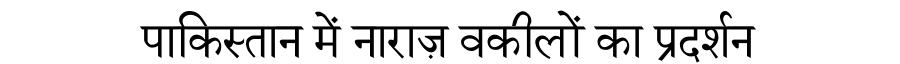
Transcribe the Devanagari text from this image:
पाकिस्तान में नाराज़ वकीलों का प्रदर्शन